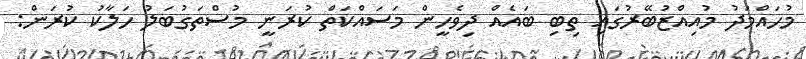
މުހައްމަދު މުއިއްޒުބޭރުގައި ތިބި ބައެއް ދިވެހީން މަސައްކަތް ކުރަނީ މުސްތަގުބަލު ހަލާކު ކުރަން: